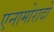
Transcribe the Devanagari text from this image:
एनामोरादो